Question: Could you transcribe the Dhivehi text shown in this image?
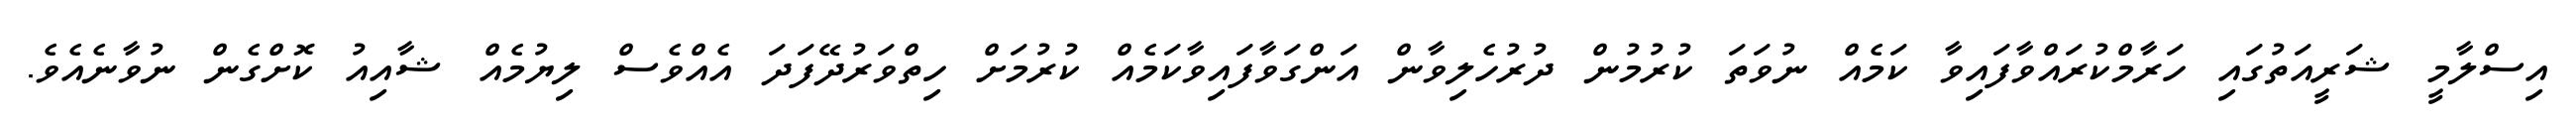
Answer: އިސްލާމީ ޝަރީއަތުގައި ހަރާމްކުރައްވާފައިވާ ކަމެއް ނުވަތަ ކުރުމުން ދުރުހެލިވާން އަންގަވާފައިވާކަމެއް ކުރުމަށް ހިތްވަރުދޭފަދަ އެއްވެސް ލިޔުމެއް ޝާއިއު ކޮށްގެން ނުވާނެއެވެ.